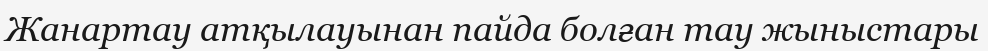
Жанартау атқылауынан пайда болған тау жыныстары